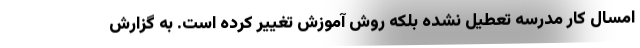
امسال کار مدرسه تعطیل نشده بلکه روش آموزش تغییر کرده است. به گزارش